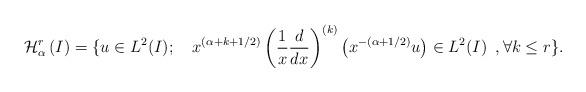
LaTeX: \begin{align*}\mathcal{H}^r_{\alpha}\left(I\right)=\{u\in L^2(I);~~~ x^{(\alpha+k+1/2)}\left(\frac{1}{x}\frac{d}{dx}\right)^{(k)}\left(x^{-(\alpha+1/2)}u\right)\in L^2(I)~\,,\forall k\leq r\}.\end{align*}